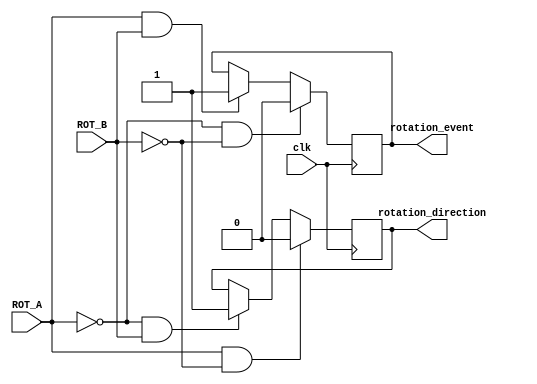
`timescale 1ns / 1ps
//////////////////////////////////////////////////////////////////////////////////
// Company: 
// Engineer: 
// 
// Design Name: 
// Module Name:    rotary_shaft 
// Project Name: 
// Target Devices: 
// Tool versions: 
// Description: 
//
// Dependencies: 
//
// Revision: 
// Revision 0.01 - File Created
// Additional Comments: 
//
//////////////////////////////////////////////////////////////////////////////////
module rotary_shaft(clk, ROT_A, ROT_B, rotation_event, rotation_direction);
    //Inputs
    input clk, ROT_A, ROT_B;

    //Outputs
    output rotation_event, rotation_direction;
    reg rotation_event, rotation_direction;

    always @(posedge clk) begin
        if(ROT_A == 1 && ROT_B == 1) begin
            rotation_event <= 1;
        end
        if(ROT_A == 0 && ROT_B == 0) begin
            rotation_event <= 0;
        end
        if(ROT_A == 0 && ROT_B == 1) begin
            rotation_direction <= 1;
        end
        if(ROT_A == 1 && ROT_B == 0) begin
            rotation_direction <= 0;
        end
    end
endmodule